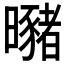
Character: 𣌁